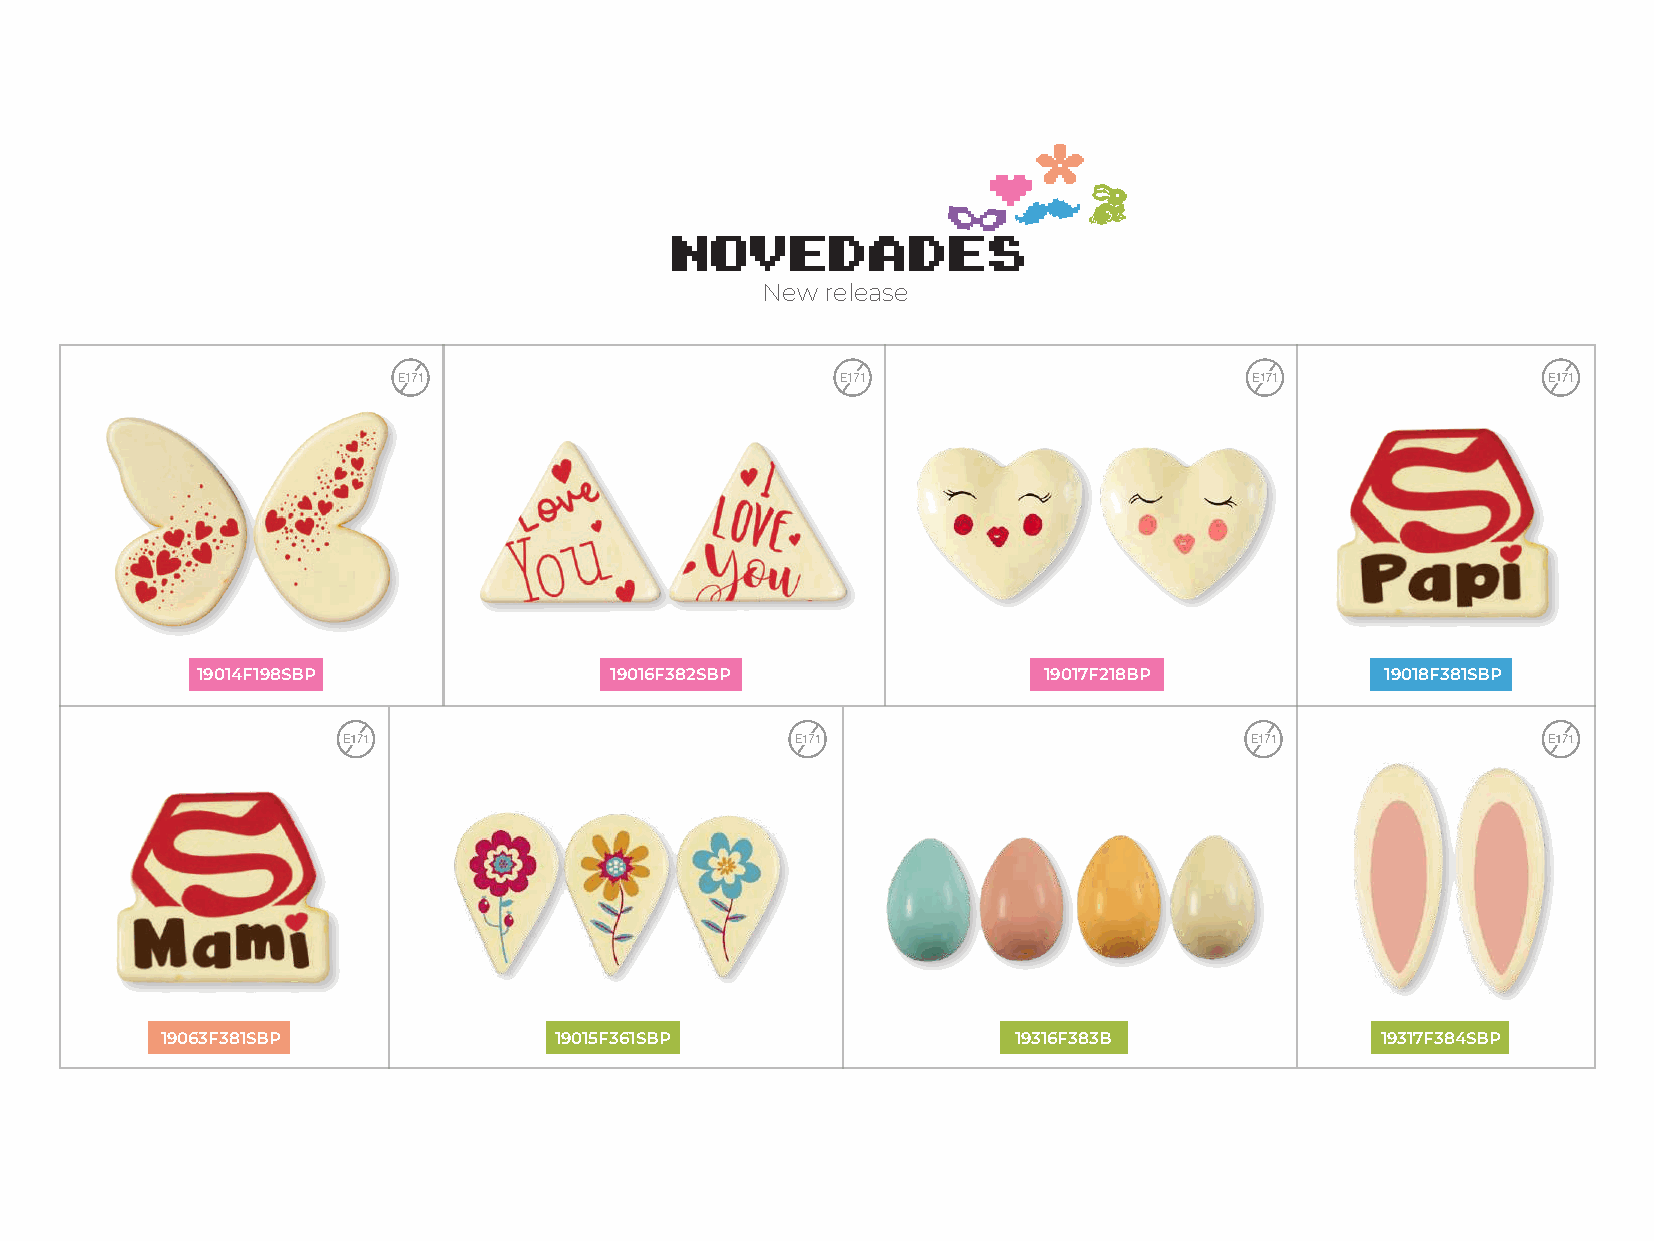
NOVEDADES
 New  release
 19014F198SBP               19016F382SBP                 19017F218BP            19018F381SBP
 19063F381SBP              19015F361SBP                  19316F383B              19317F384SBP